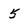
Character: 5